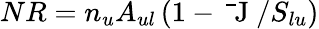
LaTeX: NR=n_{u}A_{ul}\left(1-\mathrm{~\bar{~}J~}/S_{lu}\right)